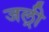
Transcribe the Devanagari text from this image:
जल्री